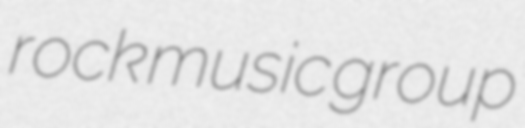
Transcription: rock music group